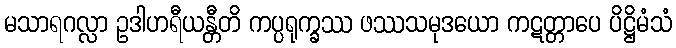
မသာရဂလ္လာ ဥဒါဟရီယန္တီတိ ကပ္ပရုက္ခဿ ဖဿသမုဒယော ကဋတ္တာပေ ပိဋ္ဌိမံသံ